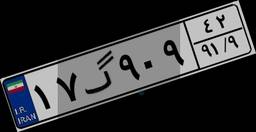
۴۸گ۶۸۳۱۰